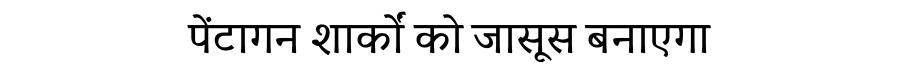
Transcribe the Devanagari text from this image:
पेंटागन शार्कों को जासूस बनाएगा